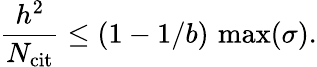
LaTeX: \frac{h^{2}}{N_{\mathrm{cit}}}\leq(1-1/b)\, \operatorname*{max}({\sigma}).